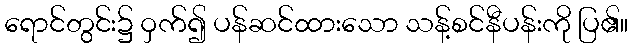
ရောင်တွင်း၌ ဝှက်၍ ပန်ဆင်ထားသော သန့်စင်နီပန်းကို ပြ၏။